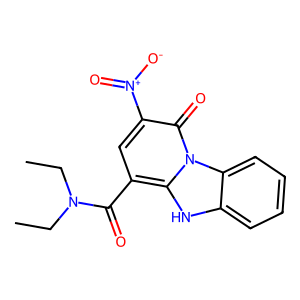
SMILES: CCN(CC)C(=O)c1cc([N+](=O)[O-])c(=O)n2c1[nH]c1ccccc12
Inhibits HIV replication: No